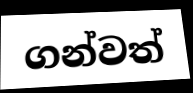
ගන්වත්